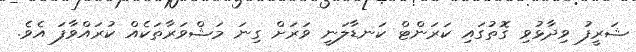
ޝަރީފު ވިދާޅުވި ގޮތުގައި ކަރަންޓް ކަނޑާލަނީ ވަރަށް ގިނަ މަޝްވަރާތަކެއް ކުރައްވާފަ އެވެ.